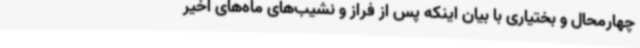
چهارمحال و بختیاری با بیان اینکه پس از فراز و نشیب‌های ماه‌های اخیر